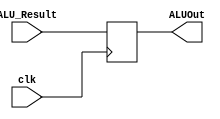
`timescale 1ns / 1ps
//////////////////////////////////////////////////////////////////////////////////
// Company: 
// Engineer: 
// 
// Design Name: 
// Module Name: ALUOut_Register
// Project Name: 
// Target Devices: 
// Tool Versions: 
// Description: 
// 
// Dependencies: 
// 
// Revision:
// Revision 0.01 - File Created
// Additional Comments:
// 
//////////////////////////////////////////////////////////////////////////////////


module ALUOut_Register(input [31:0] ALU_Result, output reg [31:0] ALUOut, input clk);
    always@(posedge clk)
    begin
        ALUOut = ALU_Result;
    end
endmodule